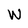
Character: w